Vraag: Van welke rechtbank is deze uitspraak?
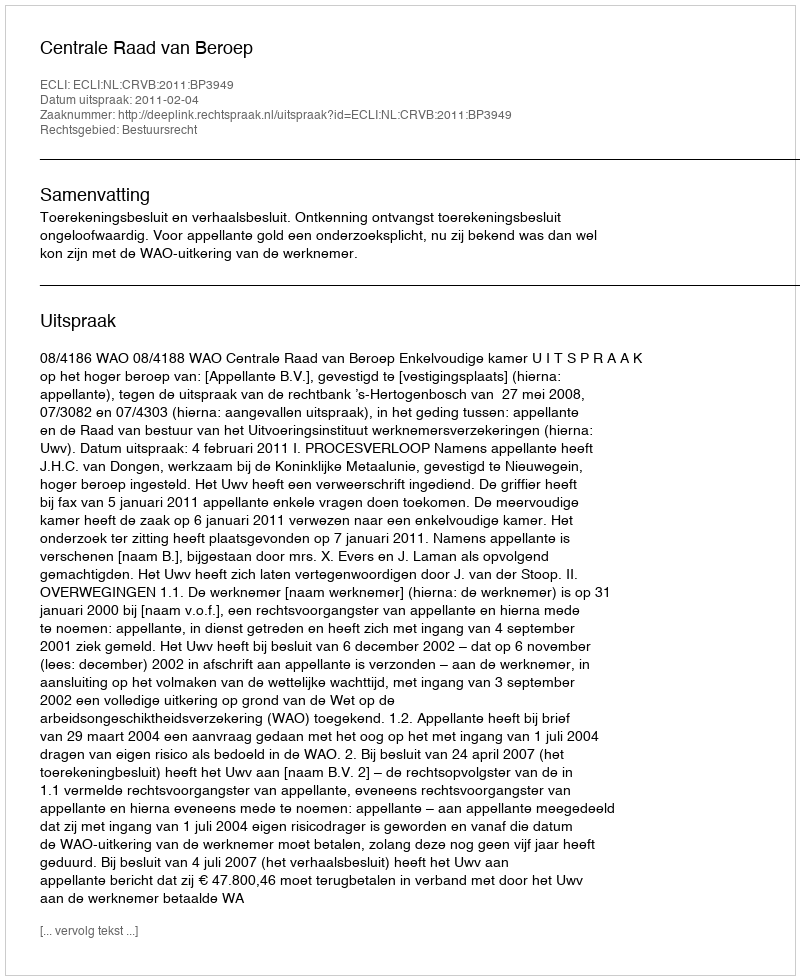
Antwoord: Centrale Raad van Beroep